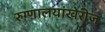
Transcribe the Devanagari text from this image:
रुग्णालयांखेरीज